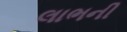
લાભની